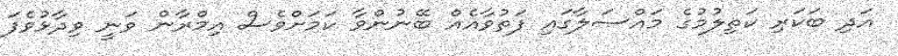
އަދި ބަކަރި ކަތިލުމުގެ މައްސަލާގައި ފަތުވާއެއް ބޭނުންވާ ކަމަށްވެސް އިމްރާން ވަނީ ވިދާޅުވެފަ